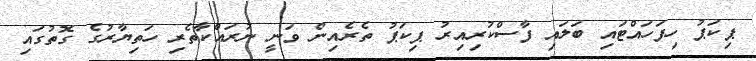
ޕިކަޕު ހިފަހައްޓައި ބަލައި ފާސްކުރިއިރު ޕިކަޕު ތެރެއިން ވަނީ ނުރައްކާތެރި ހަތިޔާރުގެ ގޮތުގައި